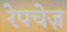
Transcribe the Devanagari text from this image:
रेपचेज़